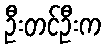
ဦးတင်ဦးက